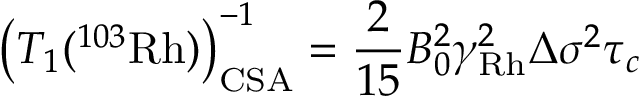
\left( T _ { 1 } ( ^ { 1 0 3 } \mathrm { R h } ) \right) _ { \mathrm { { C S A } } } ^ { - 1 } = \frac { 2 } { 1 5 } B _ { 0 } ^ { 2 } \gamma _ { \mathrm { R h } } ^ { 2 } \Delta \sigma ^ { 2 } \tau _ { c }